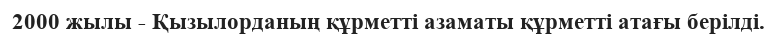
2000 жылы - Қызылорданың құрметті азаматы құрметті атағы берілді.